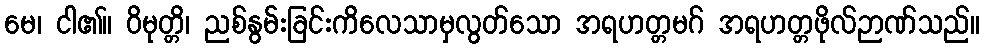
မေ၊ ငါ၏။ ဝိမုတ္တိ၊ ညစ်နွမ်းခြင်းကိလေသာမှလွတ်သော အရဟတ္တမဂ် အရဟတ္တဖိုလ်ဉာဏ်သည်။